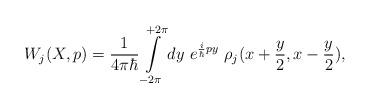
LaTeX: \begin{align*}W_j(X,p)= \frac{1}{4\pi\hbar}\int\limits_{-2\pi}^{+2\pi} dy ~ e^{{i\over \hbar} py} ~ \rho_j(x+{y\over 2}, x-{y\over 2}),\end{align*}